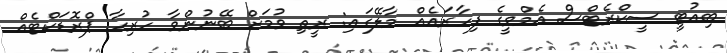
ބިއުޓީ ސީކްރެޓްސް އެމްވީގެ ފިހާރައެއް މާލޭގައި: ރީތި ވުމަށް ބޭނުންވާ ހުރިހާ ޕްރޮޑަކްޓެއް